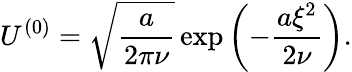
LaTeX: U^{(0)}=\sqrt{\frac{a}{2\pi\nu}}\exp\left(-\frac{a\xi^{2}}{2\nu}\right).